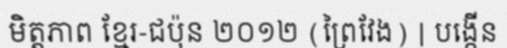
មិត្តភាព ខ្មែរ-ជប៉ុន ២០១២ (ព្រៃវែង) | បង្កើន